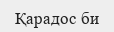
Қарадос би